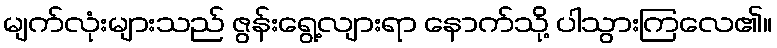
မျက်လုံးများသည် ဇွန်းရွေ့လျားရာ နောက်သို့ ပါသွားကြလေ၏။